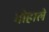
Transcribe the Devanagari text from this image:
मोहाले